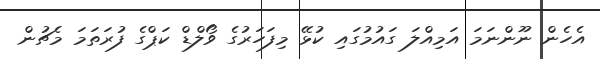
އެހެން ނޫންނަމަ އަމިއްލަ ގައުމުގައި ކުޅޭ މިފަހަރުގެ ވޯލްޑް ކަޕްގެ ފުރަތަމަ މެޗުން